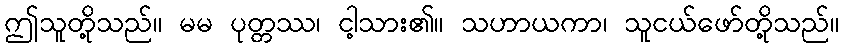
ဤသူတို့သည်။ မမ ပုတ္တဿ၊ ငါ့သား၏။ သဟာယကာ၊ သူငယ်ဖော်တို့သည်။